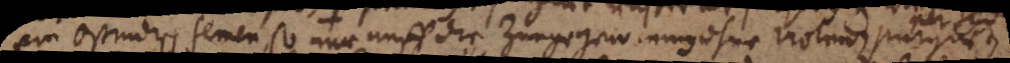
Ein ostindisch semen, so nur auff die Zunge genommen ohne violenz purgirt,